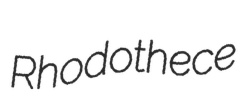
Rhodothece